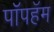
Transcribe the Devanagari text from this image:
पॉपहॅम